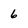
Character: 6